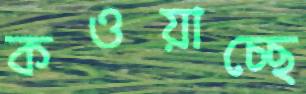
কওয়াচ্ছে